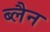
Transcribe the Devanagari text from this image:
ब्लैन